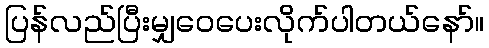
ပြန်လည်ပြီးမျှဝေပေးလိုက်ပါတယ်နော်။